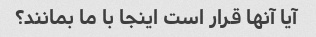
آیا آنها قرار است اینجا با ما بمانند؟